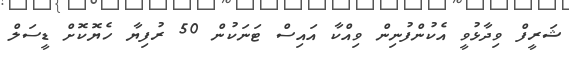
ޝަރީފް ވިދާޅުވީ އެކުންފުނިން ވިއްކާ އައިސް ޓަނަކުން 50 ރުފިޔާ ހެޔޮކޮށް ޑީސަލް